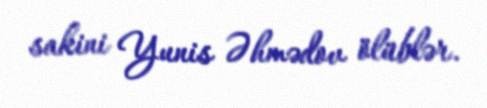
sakini Yunis Əhmədov ölüblər.